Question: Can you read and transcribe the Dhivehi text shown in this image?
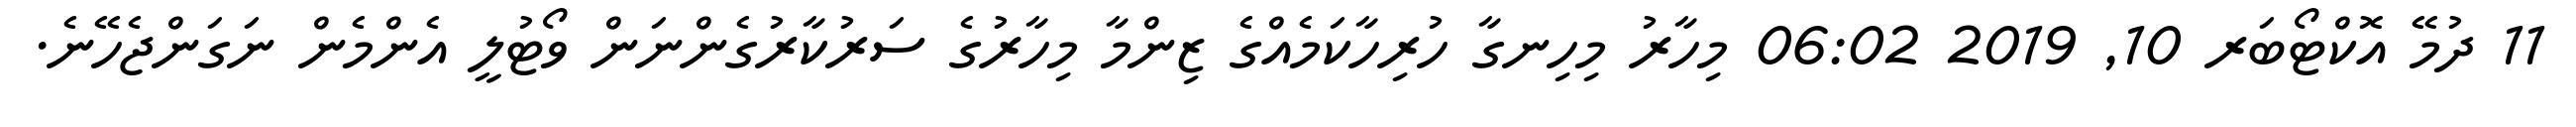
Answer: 11 ދުމޭ އޮކްޓޯބަރ 10, 2019 06:02 މިހާރު މިހިނގާ ހުރިހާކަމެއްގެ ޒިންމާ މިހާރުގެ ސަރުކާރުގެންނަން ވޯޓުލީ އެންމެން ނަގަންޖެހޭނެ.